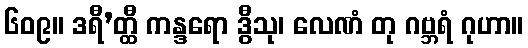
၆၀၉။ ဒရီ’တ္ထီ ကန္ဒရော ဒွီသု၊ လေဏံ တု ဂဗ္ဘရံ ဂုဟာ။